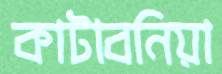
কাটাবনিয়া